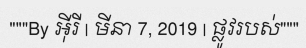
"""By អ៊ីរី | មីនា 7, 2019 | ផ្លូវរបស់"""